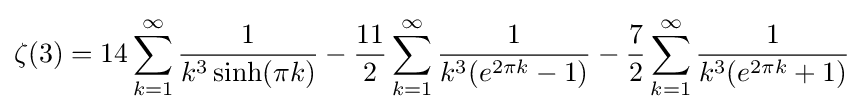
\zeta (3)=14\sum _{k=1}^{\infty }{\frac {1}{k^{3}\sinh(\pi k)}}-{\frac {11}{2}}\sum _{k=1}^{\infty }{\frac {1}{k^{3}(e^{2\pi k}-1)}}-{\frac {7}{2}}\sum _{k=1}^{\infty }{\frac {1}{k^{3}(e^{2\pi k}+1)}}